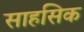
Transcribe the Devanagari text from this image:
साहसिक